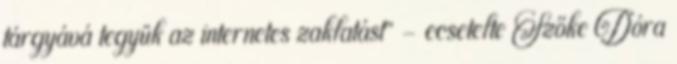
tárgyává tegyük az internetes zaklatást” – ecsetelte Szőke Dóra